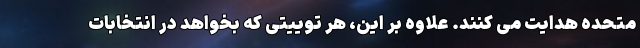
متحده هدایت می کنند. علاوه بر این، هر توییتی که بخواهد در انتخابات